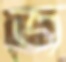
জ